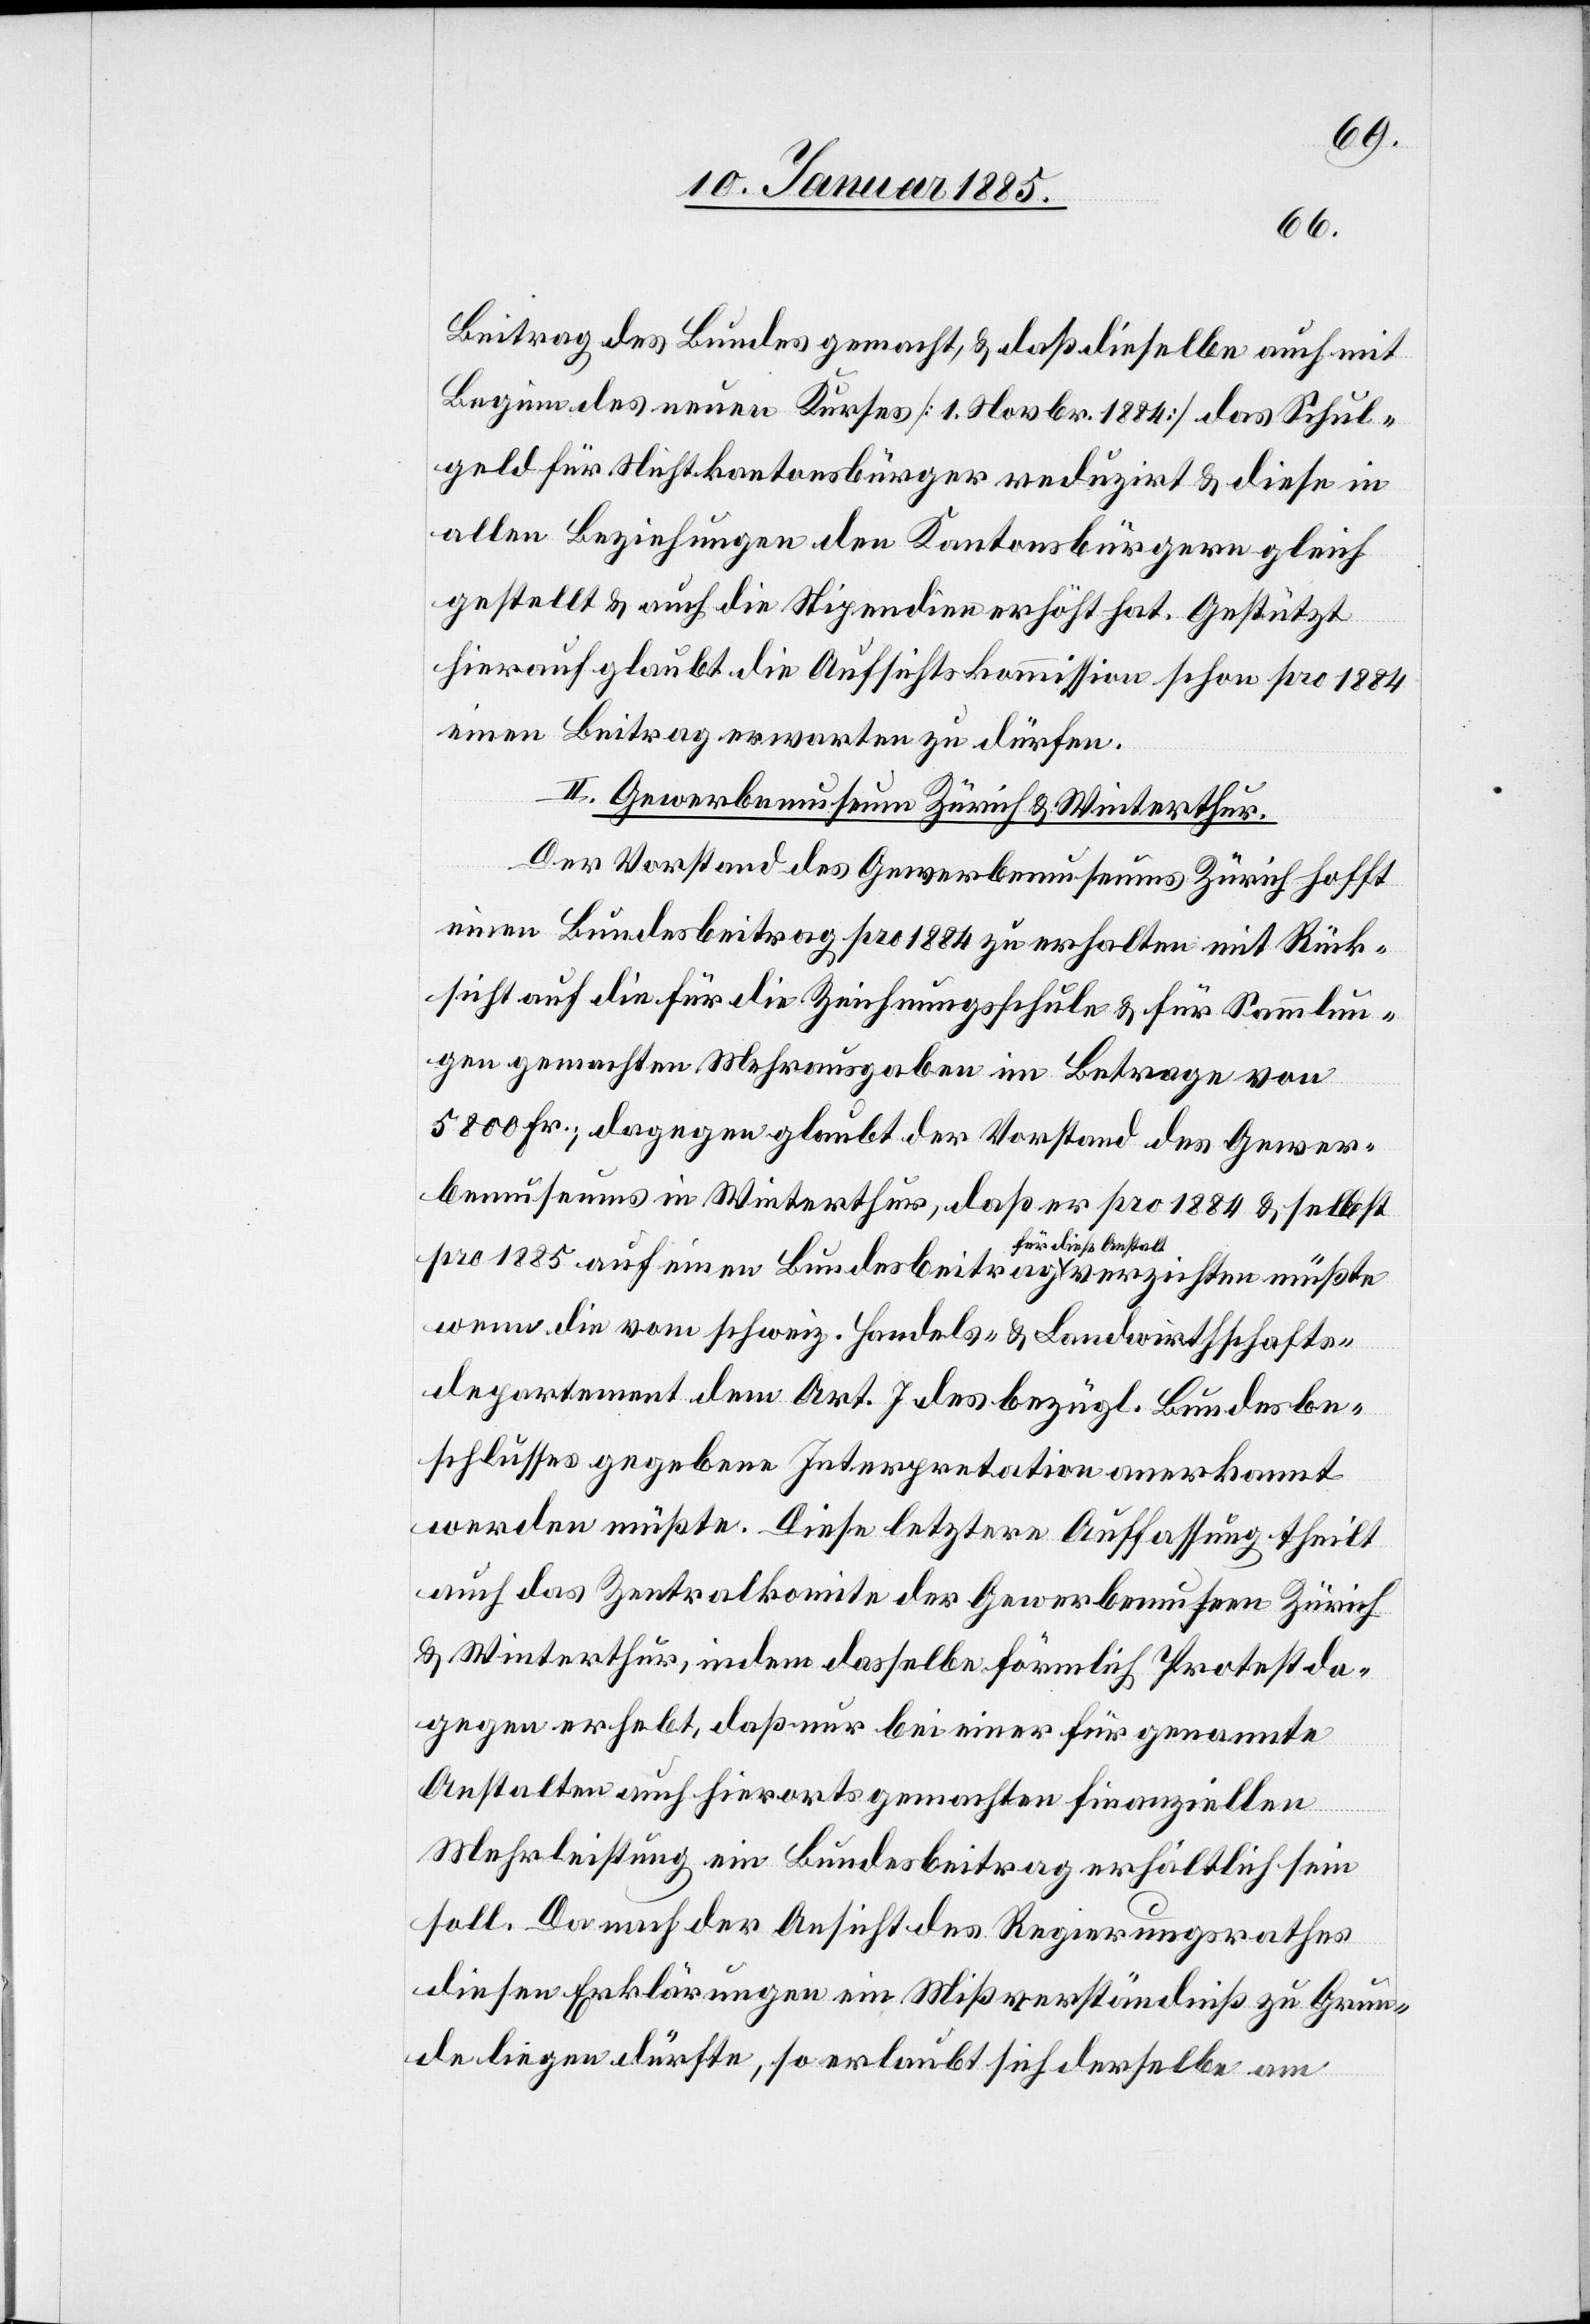
Beitrag des Bundes gemacht, & daß dieselbe auch mit
Beginn des neuen Kurses [1. Novbr. 1884] das Schul¬
geld für Nichtkantonsbürger reduzirt & diese in
allen Beziehungen den Kantonsbürgern gleich
gestellt & auch die Stipendien erhöht hat. Gestützt
hierauf glaubt die Aufsichtskommission schon pro 1884
einen Beitrag erwarten zu dürfen.
II. Gewerbemuseum Zürich & Winterthur.
Der Vorstand des Gewerbemuseums Zürich hofft
einen Bundesbeitrag pro 1884 zu erhalten mit Rück¬
sicht auf die für die Zeichnungsschule & für Sammlun¬
gen gemachten Mehrausgaben im Betrage von
pro
5800 Fr.; dagegen glaubt der Vorstand des Gewer¬
bemuseums in Winterthur, daß er pro 1884 & selbst
wenn die vom schweiz. Handels- & Landwirthschafts¬
departement dem Art. 7 des bezügl. Bundesbe¬
schlusses gegebene Interpretation anerkannt
werden müßte. Diese letztere Auffassung theilt
auch das Zentralkomite der Gewerbemuseen Zürich
& Winterthur, indem dasselbe förmlich Protest da¬
gegen erhebt, daß nur bei einer für genannte
Anstalten auch hierorts gemachten finanziellen
verzichten müßte
Mehrleistung ein Bundesbeitrag erhältlich sein
soll. Da nach der Ansicht des Regierungsrathes
diesen Erklärungen ein Mißverständniß zu Grun¬
de liegen dürfte, so erlaubt sich derselbe am